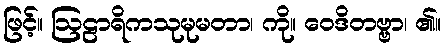
ဖြင့်။ ဩဠာရိကသုမုမတာ၊ ကို။ ဝေဒိတဗ္ဗာ၊ ၏။